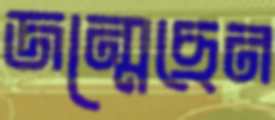
জন্মেছেন